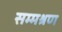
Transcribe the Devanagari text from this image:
सम्मश्रण